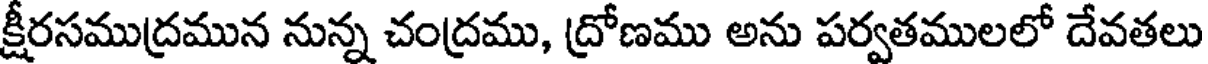
క్షీరసముద్రమున నున్న చంద్రము, ద్రోణము అను పర్వతములలో దేవతలు